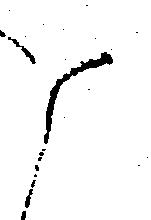
候